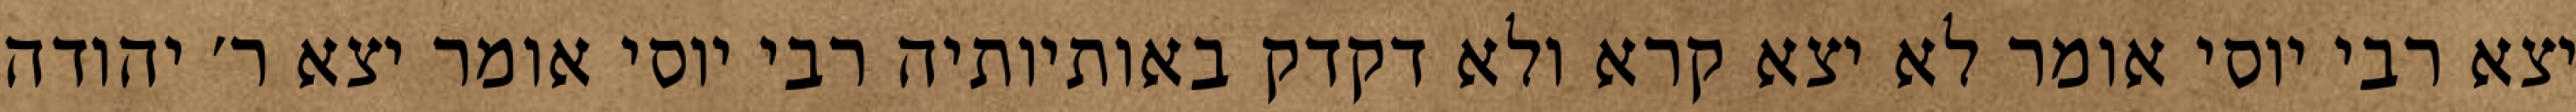
יצא רבי יוסי אומר לא יצא קרא ולא דקדק באותיותיה רבי יוסי אומר יצא ר׳ יהודה